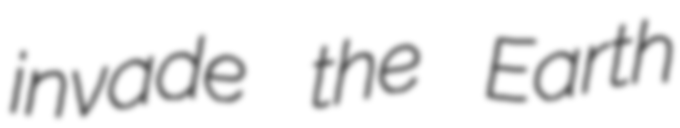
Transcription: invade the Earth